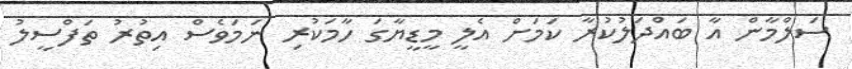
ސަލްމާން އާ ބައްދަލުކުރާ ކަމަށް އެލީ މީޑީޔާގަ ހާމަކުރި ނަމަވެސް އިތުރު ތަފްސީލު